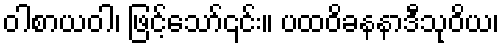
ဝါစာယဝါ၊ ဖြင့်သော်၎င်း။ ပထဝိခနနာဒီသုဝိယ၊